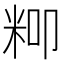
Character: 𮇍